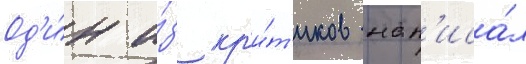
Од'и́н и́з кр'и́т'иков нап'иса́л